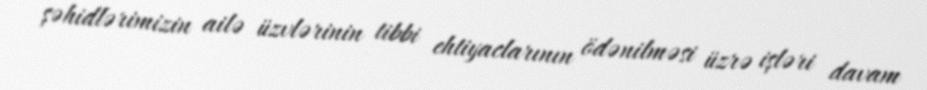
şəhidlərimizin ailə üzvlərinin tibbi ehtiyaclarının ödənilməsi üzrə işləri davam